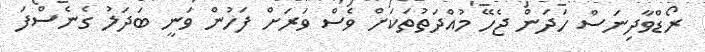
ރޯޑްވާދިނަސް ހަދަން ޖެހޭ މުއްދަތުތަކަށް ވެސް ވަރަށް ފަހުން ވަނީ ބަދަލު ގެނެސްފަ